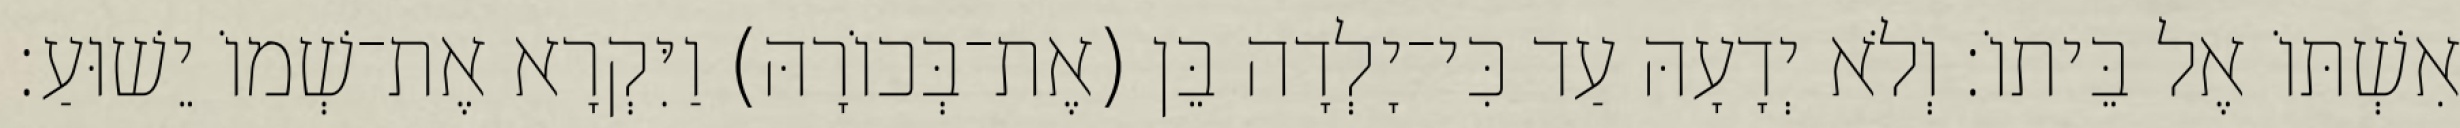
אִשְׁתּוֹ אֶל בֵּיתוֹ׃ וְלֹא יְדָעָהּ עַד כִּי־יָלְדָה בֵּן (אֶת־בְּכוֹרָהּ) וַיִּקְרָא אֶת־שְׁמוֹ יֵשׁוּעַ׃